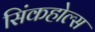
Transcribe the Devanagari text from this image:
सिंकहोल्स